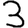
Digit: 3